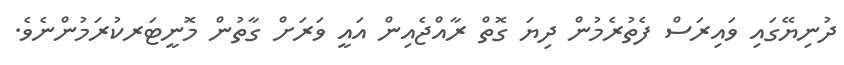
ދުނިޔޭގައި ވައިރަސް ފެތުރެމުން ދިޔަ ގޮތް ރާއްޖެއިން އައީ ވަރަށް ގާތުން މޮނީޓަރކުރަމުންނެވެ.